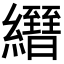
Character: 𦇢